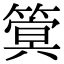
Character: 䈿